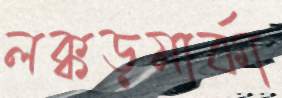
লক্কড়মার্কা